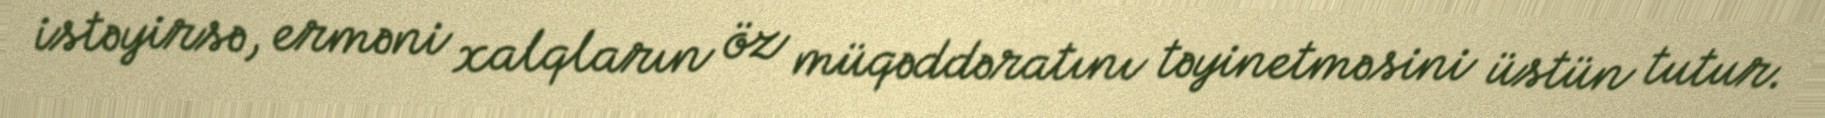
istəyirsə, erməni xalqların öz müqəddəratını təyinetməsini üstün tutur.